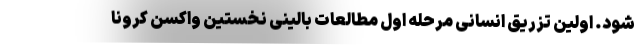
شود. اولین تزریق انسانی مرحله اول مطالعات بالینی نخستین واکسن کرونا